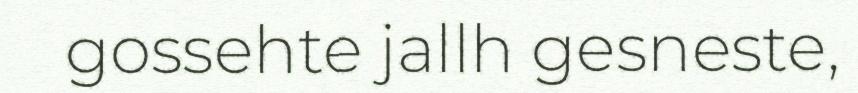
gossehte jallh gesneste,